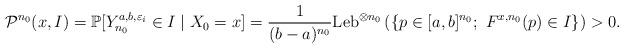
LaTeX: \begin{align*} \mathcal P^{n_0}(x, I) &= \mathbb P [Y_{n_0}^{a,b,\varepsilon_i} \in I\mid X_0 = x]= \frac{1}{(b-a)^{n_0}}\mathrm{Leb}^{\otimes n_0}\left(\{p\in [a,b]^{n_0};\ F^{x,n_0}(p) \in I\}\right) >0. \end{align*}